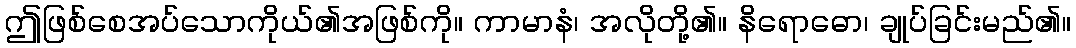
ဤဖြစ်စေအပ်သောကိုယ်၏အဖြစ်ကို။ ကာမာနံ၊ အလိုတို့၏။ နိရောဓော၊ ချုပ်ခြင်းမည်၏။